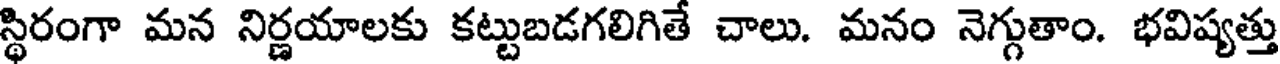
స్థిరంగా మన నిర్ణయాలకు కట్టుబడగలిగితే చాలు. మనం నెగ్గుతాం. భవిష్యత్తు